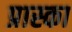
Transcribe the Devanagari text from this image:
प्रास्का